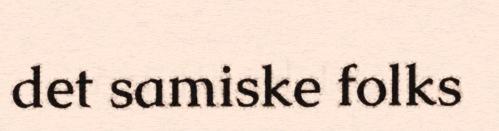
det samiske folks